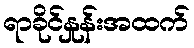
ရာခိုင်နှုန်းအထက်